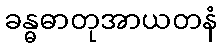
ခန္ဓဓာတုအာယတနံ